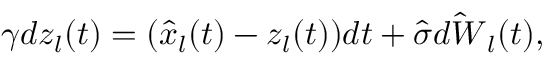
\gamma d z _ { l } ( t ) = ( \hat { x } _ { l } ( t ) - z _ { l } ( t ) ) d t + \hat { \sigma } \hat { d W } _ { l } ( t ) ,